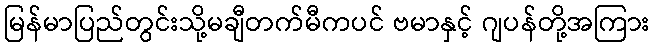
မြန်မာပြည်တွင်းသို့မချီတက်မီကပင် ဗမာနှင့် ဂျပန်တို့အကြား